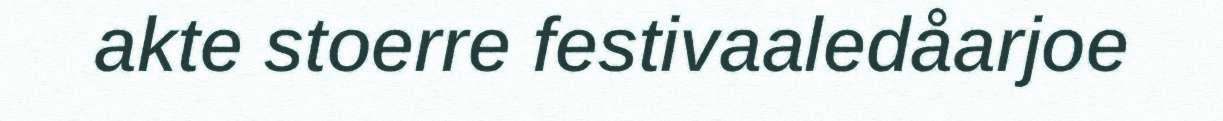
akte stoerre festivaaledåarjoe